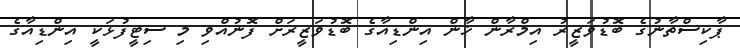
ޕާކިސްތާނުގެ ބޮޑުވަޒީރު އިމްރާން ޚާން އިންޑިއާގެ ބޮޑުވަޒީރަށް ފޮނުއްވި މި ސިޓީފުޅަކީ އިންޑިއާގެ